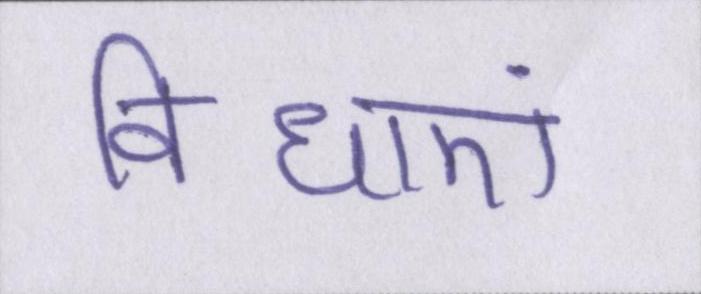
विधाएं